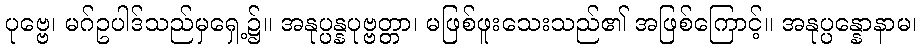
ပုဗ္ဗေ၊ မဂ်ဥပါဒ်သည်မှရှေ့၌။ အနုပ္ပန္နပုဗ္ဗတ္တာ၊ မဖြစ်ဖူးသေးသည်၏ အဖြစ်ကြောင့်။ အနုပ္ပန္နောနာမ၊